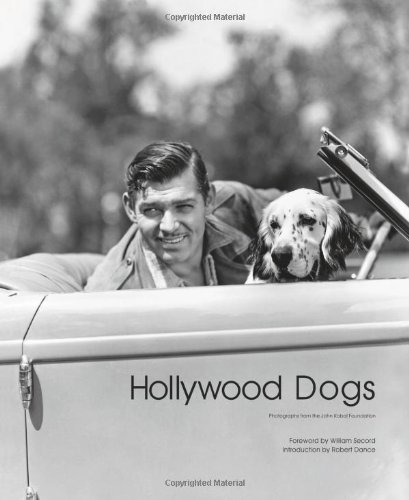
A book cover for Hollywood Dogs: Pictures from the John Kobal Foundation; Robert Dance; Arts & Photography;